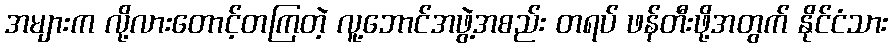
အများက လို့လားတောင့်တကြတဲ့ လူ့ဘောင်အဖွဲ့အစည်း တရပ် ဖန်တီးဖို့အတွက် နိုင်ငံသား